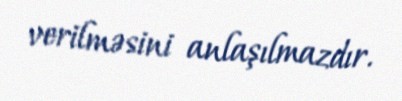
verilməsini anlaşılmazdır.